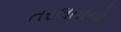
તરલતાનો